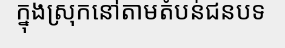
ក្នុងស្រុកនៅតាមតំបន់ជនបទ